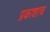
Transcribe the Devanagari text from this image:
प्रकाशाच